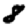
Digit: 8